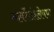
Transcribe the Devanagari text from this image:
नार्कोसंश्लेषण